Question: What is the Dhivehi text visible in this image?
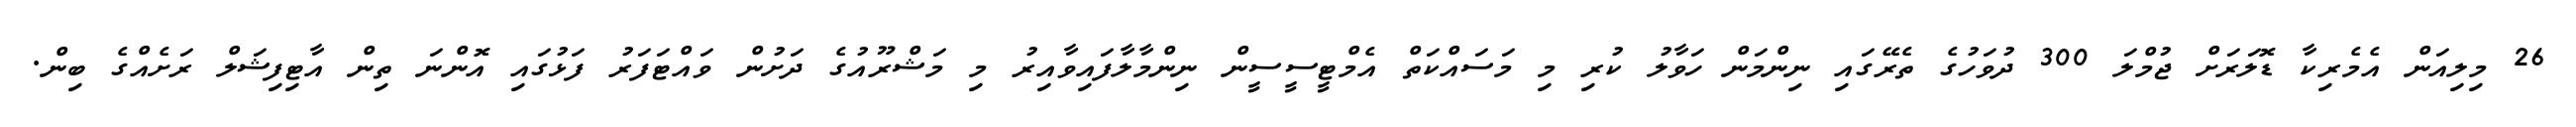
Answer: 26 މިލިއަން އެމެރިކާ ޑޮލަރަށް ޖުމްލަ 300 ދުވަހުގެ ތެރޭގައި ނިންމަން ހަވާލު ކުރި މި މަސައްކަތް އެމްޓީސީސީން ނިންމާލާފައިވާއިރު މި މަޝްރޫއުގެ ދަށުން ވައްޓަފަރު ފަޅުގައި އޮންނަ ތިން އާޓިފިޝަލް ރަށެއްގެ ބިން.